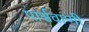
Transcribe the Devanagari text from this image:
पार्श्ववाणी